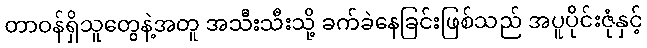
တာဝန်ရှိသူတွေနဲ့အတူ အသီးသီးသို့ ခက်ခဲနေခြင်းဖြစ်သည် အပူပိုင်းဇုံနှင့်